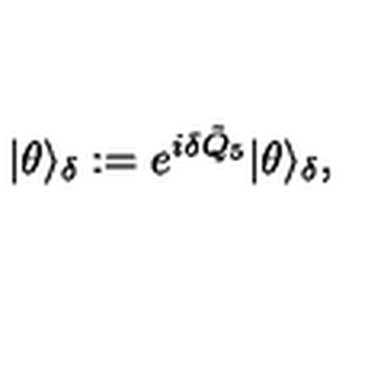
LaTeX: | \theta \rangle _ { \delta } : = e ^ { i \delta \tilde { Q } _ { 5 } } | \theta \rangle _ { \delta } ,